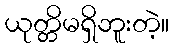
ယုတ္တိမရှိဘူးတဲ့။